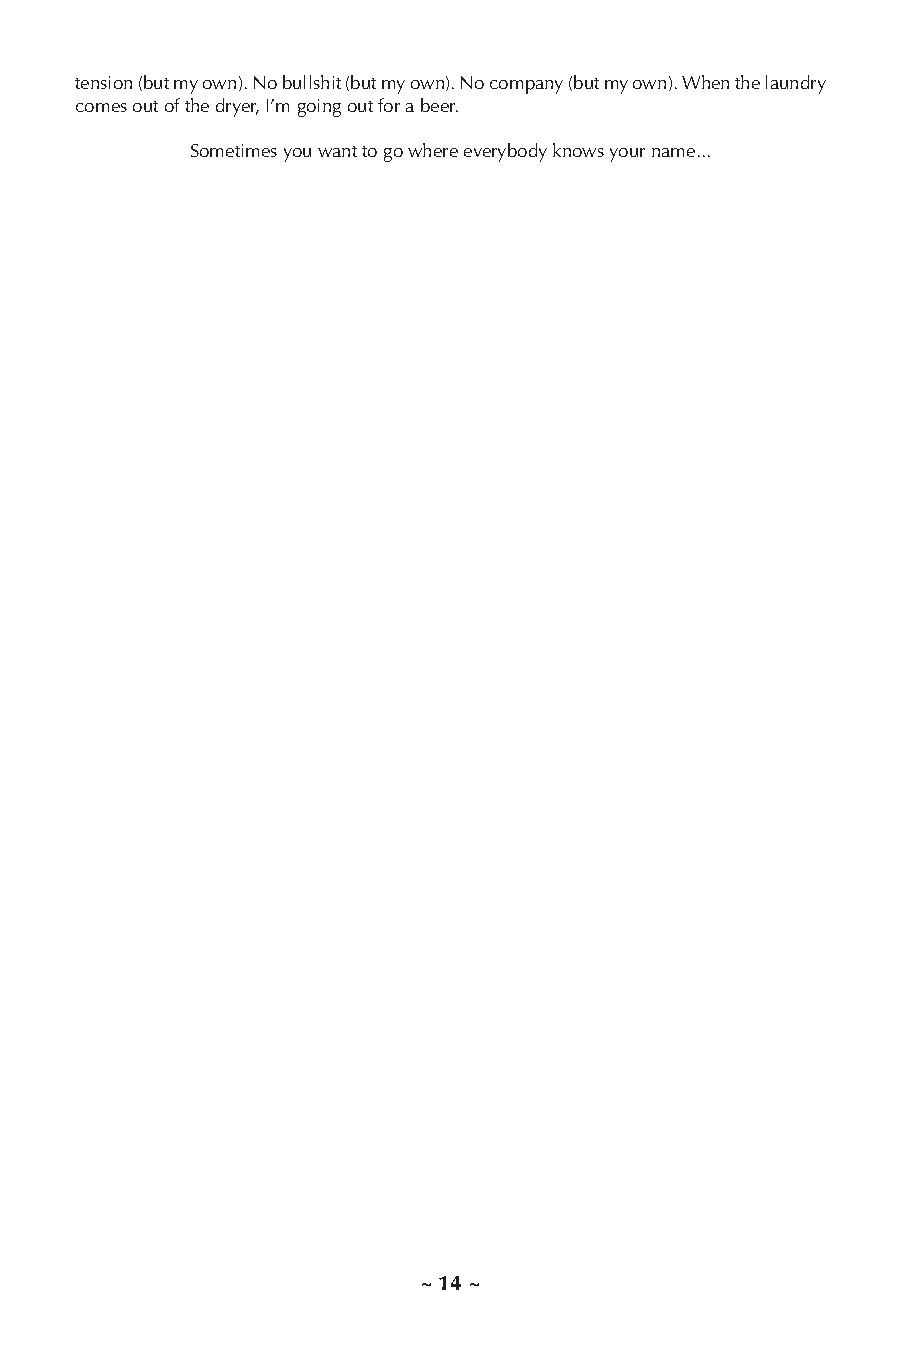
tension (but my own). No bullshit (but my own). No company (but my own). When the laundry
 comes out of the dryer, I’m going out for a beer.
 Sometimes you want to go where everybody knows your name...
 ~ 14 ~